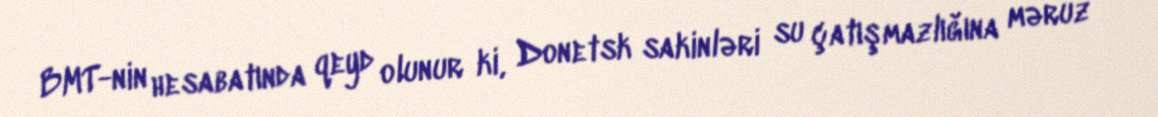
BMT-nin hesabatında qeyd olunur ki, Donetsk sakinləri su çatışmazlığına məruz